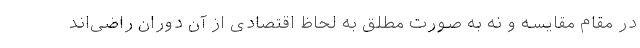
در مقام مقایسه و نه به صورت مطلق به لحاظ اقتصادی از آن دوران راضی‌اند